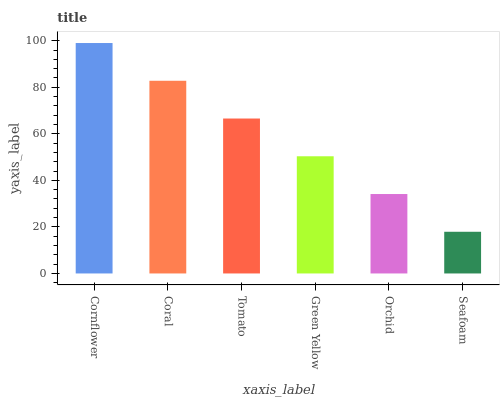
| xaxis_label | bars |
 | --- | --- |
 | Cornflower | 99 |
 | Coral | 82.8 |
 | Tomato | 66.6 |
 | Green Yellow | 50.3 |
 | Orchid | 34.1 |
 | Seafoam | 17.9 |